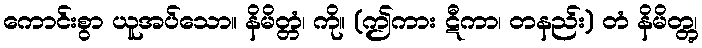
ကောင်းစွာ ယူအပ်သော။ နိမိတ္တံ၊ ကို။ (ဤကား ဋီကာ၊ တနည်း) တံ နိမိတ္တွ၊